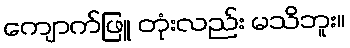
ကျောက်ဖြူ တုံးလည်း မသိဘူး။